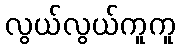
လွယ်လွယ်ကူကူ